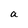
Character: a